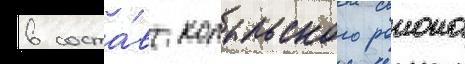
в соста́в копыльского раиона